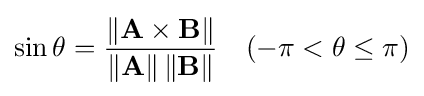
\sin \theta ={\frac {\|\mathbf {A} \times \mathbf {B} \|}{\left\|\mathbf {A} \right\|\left\|\mathbf {B} \right\|}}\quad (-\pi <\theta \leq \pi )